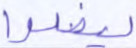
ليضلوا